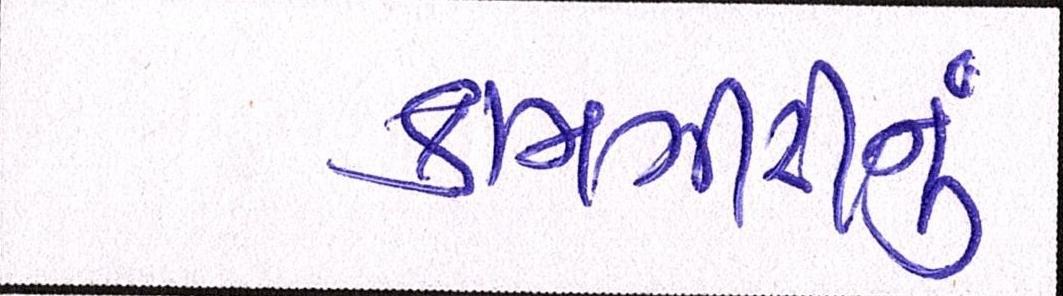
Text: કામગીરીનું